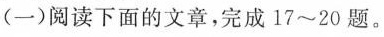
(一) 阅读下面的文章，完成17~20题。